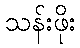
သန်းဖိုး